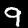
Label: 9